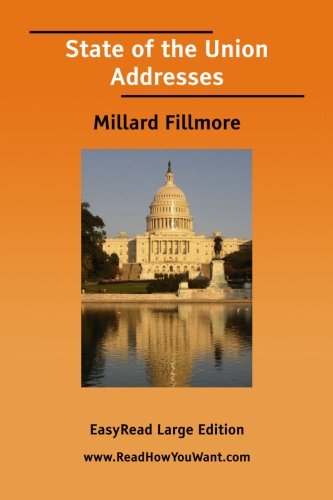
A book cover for State of the Union Addresses (Millard Fillmore); Millard Fillmore; Crafts, Hobbies & Home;